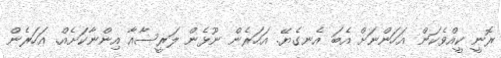
ރޮނީ ކީއްވެކަން އަހަންނަށް އެބަ އެނގެޔޭ. އަހަރެން ނޫޅެން ލަރީސާއާ އިންނާކަށެއް. އަހަރެން